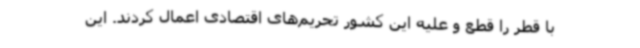
با قطر را قطع و علیه این کشور تحریم‌های اقتصادی اعمال کردند. این